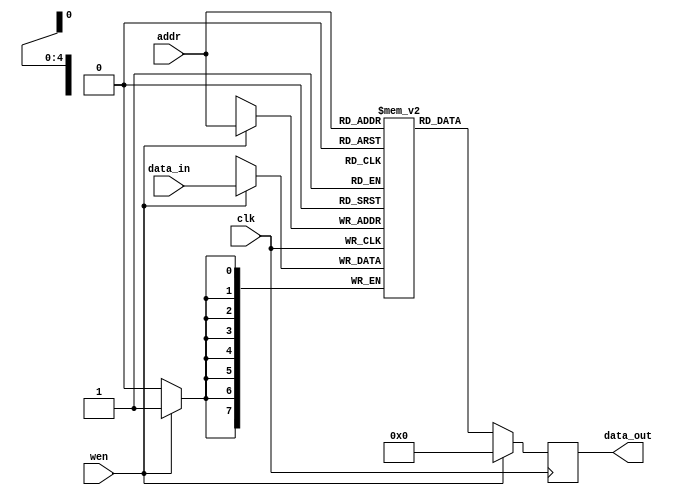
// Code your design here
`timescale 1ns / 1ps

module reg_mem (addr, data_in, wen, clk, data_out);

    parameter DATA_WIDTH = 8; //8 bit wide data
    parameter ADDR_BITS = 5; //32 Addresses

    input [ADDR_BITS-1:0] addr;
    input [DATA_WIDTH-1:0] data_in;
    input wen;
    input clk;
    output [DATA_WIDTH-1:0] data_out;

    reg [DATA_WIDTH-1:0] data_out;

    //32 memory locations each storing an 8bits wide value
    reg [DATA_WIDTH-1:0] mem_array [(2**ADDR_BITS)-1:0];

    always @(posedge clk) begin

        if (wen) begin //Write
            mem_array [addr] <= data_in;
            data_out <= #(DATA_WIDTH)'b0;
        end

        else begin //Read
            data_out <= mem_array[addr];
        end
    end

endmodule